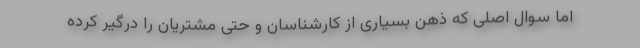
اما سوال اصلی که ذهن بسیاری از کارشناسان و حتی مشتریان را درگیر کرده